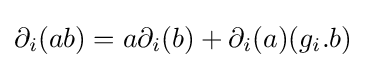
\partial _{i}(ab)=a\partial _{i}(b)+\partial _{i}(a)(g_{i}.b)